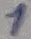
Text: 1